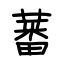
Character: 蕃